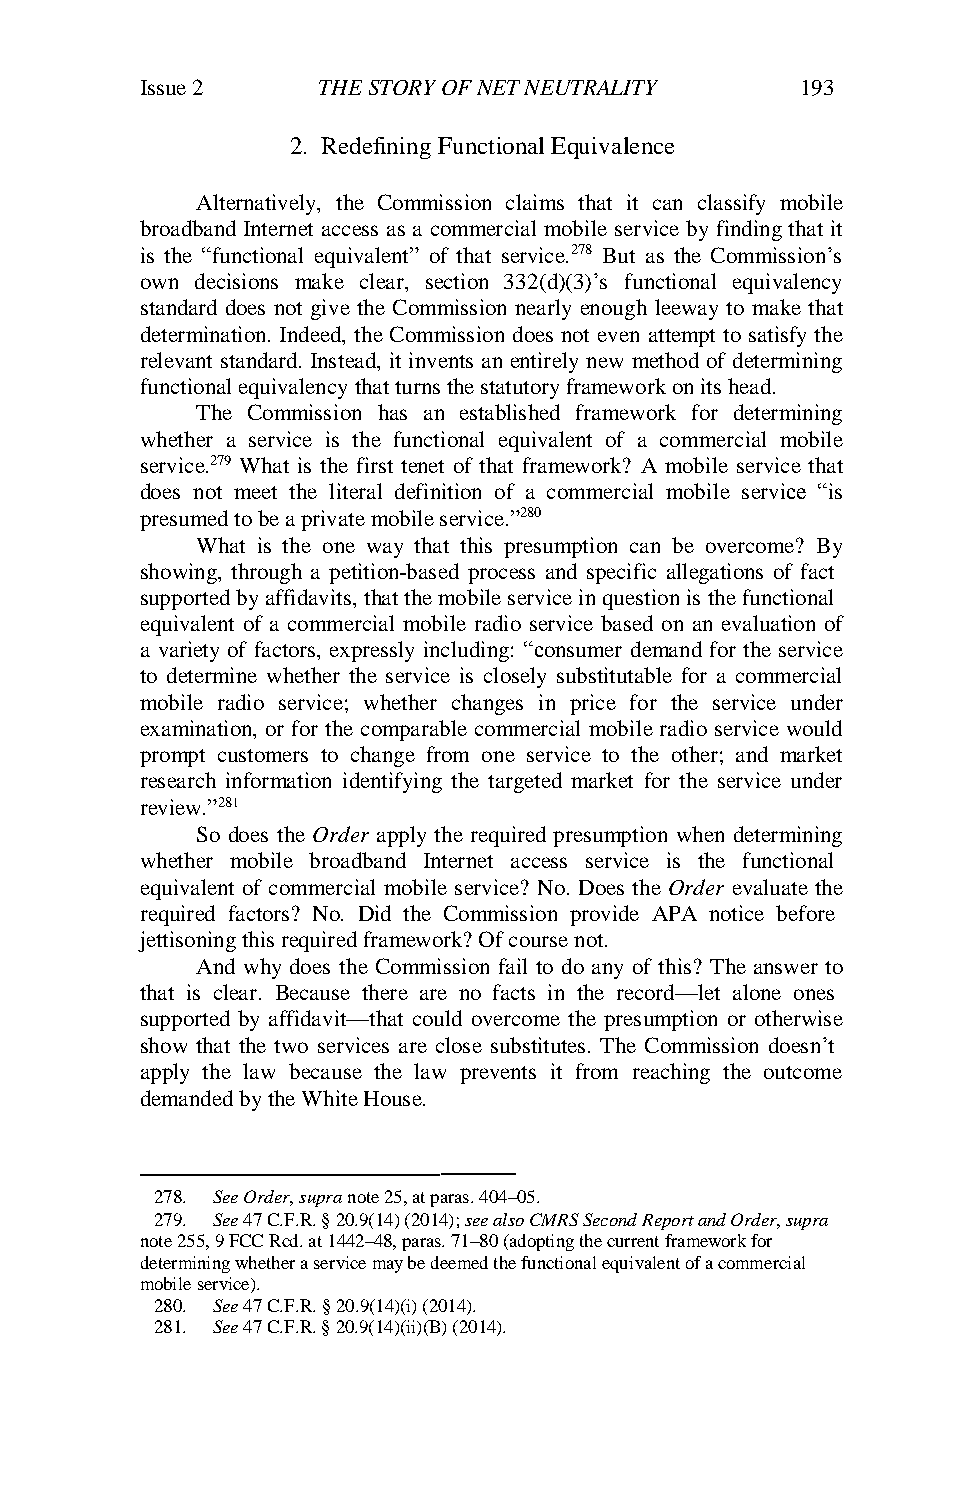
Issue 2     THE STORY OF NET NEUTRALITY     193
 2. Redefining Functional Equivalence
 Alternatively, the Commission claims that it can classify mobile
 broadband Internet access as a commercial mobile service by finding that it
 is the “functional equivalent” of that service.278 But as the Commission’s
 own decisions make clear, section 332(d)(3)’s functional equivalency
 standard does not give the Commission nearly enough leeway to make that
 determination. Indeed, the Commission does not even attempt to satisfy the
 relevant standard. Instead, it invents an entirely new method of determining
 functional equivalency that turns the statutory framework on its head.
 The Commission has an established framework for determining
 whether a service is the functional equivalent of a commercial mobile
 service.279 What is the first tenet of that framework? A mobile service that
 does not meet the literal definition of a commercial mobile service “is
 presumed to be a private mobile service.”280
 What is the one way that this presumption can be overcome? By
 showing, through a petition-based process and specific allegations of fact
 supported by affidavits, that the mobile service in question is the functional
 equivalent of a commercial mobile radio service based on an evaluation of
 a variety of factors, expressly including: “consumer demand for the service
 to determine whether the service is closely substitutable for a commercial
 mobile radio service; whether changes in price for the service under
 examination, or for the comparable commercial mobile radio service would
 prompt customers to change from one service to the other; and market
 research information identifying the targeted market for the service under
 review.”281
 So does the Order apply the required presumption when determining
 whether mobile broadband Internet access service is the functional
 equivalent of commercial mobile service? No. Does the Order evaluate the
 required factors? No. Did the Commission provide APA notice before
 jettisoning this required framework? Of course not.
 And why does the Commission fail to do any of this? The answer to
 that is clear. Because there are no facts in the record—let alone ones
 supported by affidavit—that could overcome the presumption or otherwise
 show that the two services are close substitutes. The Commission doesn’t
 apply the law because the law prevents it from reaching the outcome
 demanded by the White House.
 ———
 278. See Order, supra note 25, at paras. 404–05.
 279. See 47 C.F.R. § 20.9(14) (2014); see also CMRS Second Report and Order, supra
 note 255, 9 FCC Rcd. at 1442–48, paras. 71–80 (adopting the current framework for
 determining whether a service may be deemed the functional equivalent of a commercial
 mobile service).
 280. See 47 C.F.R. § 20.9(14)(i) (2014).
 281. See 47 C.F.R. § 20.9(14)(ii)(B) (2014).